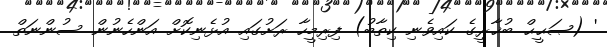
' (ޞަޙީޙް ބުޚާރީގެ ކައިވެނި ކިތާބު) ފިރިމީހާ ރަށުގައި އުޅެނިކޮށް އަންހެނުން ސުންނަތް